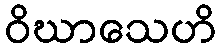
ဝိဃာသေဟိ